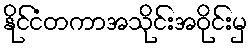
နိုင်ငံတကာအသိုင်းအဝိုင်းမှ